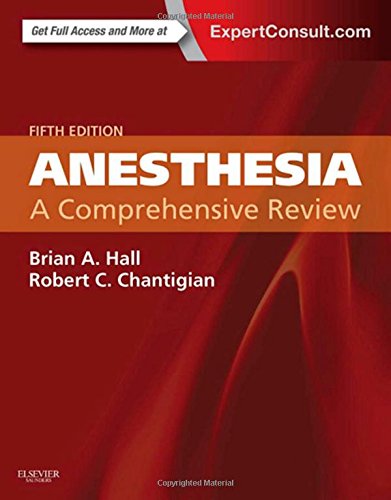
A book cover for Anesthesia: A Comprehensive Review, 5e; Brian A. Hall MD; Medical Books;